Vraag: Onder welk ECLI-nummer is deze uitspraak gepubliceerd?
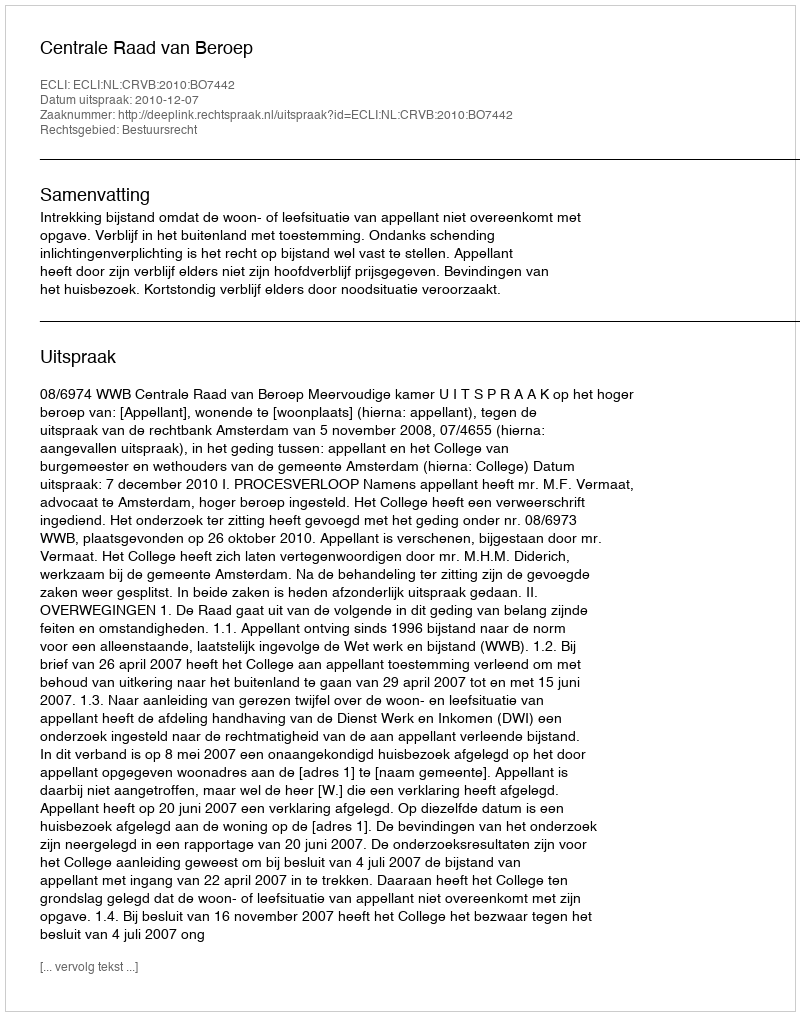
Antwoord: ECLI:NL:CRVB:2010:BO7442